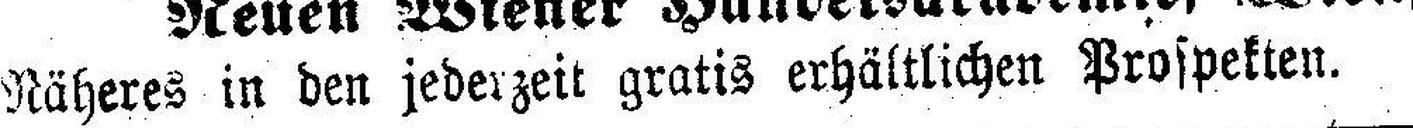
Näheres in den jederzeit gratis erhältlichen Prospekten.